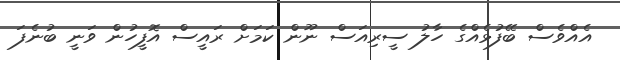
އެއްވެސް ބޭފުޅެއްގެ ހާލު ސީރިއަސް ނޫން ކަމަށް ރައީސް އޮފީހުން ވަނީ ބުނެފަ